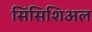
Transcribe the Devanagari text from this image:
सिंसिशिअल